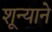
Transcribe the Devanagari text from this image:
शून्याने